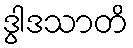
ဒွါဒသာတိ